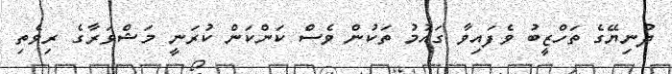
ދުނިޔޭގެ ތަހްޒީބު ވެފައިވާ ގައުމު ތަކުން ވެސް ކަންކަން ކުރަނީ މަޝްވަރާގެ ރިވެތި